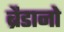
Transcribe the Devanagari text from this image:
ब्रैडानो